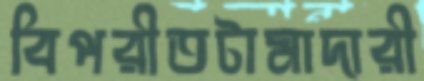
বিপরীতটামাদারী